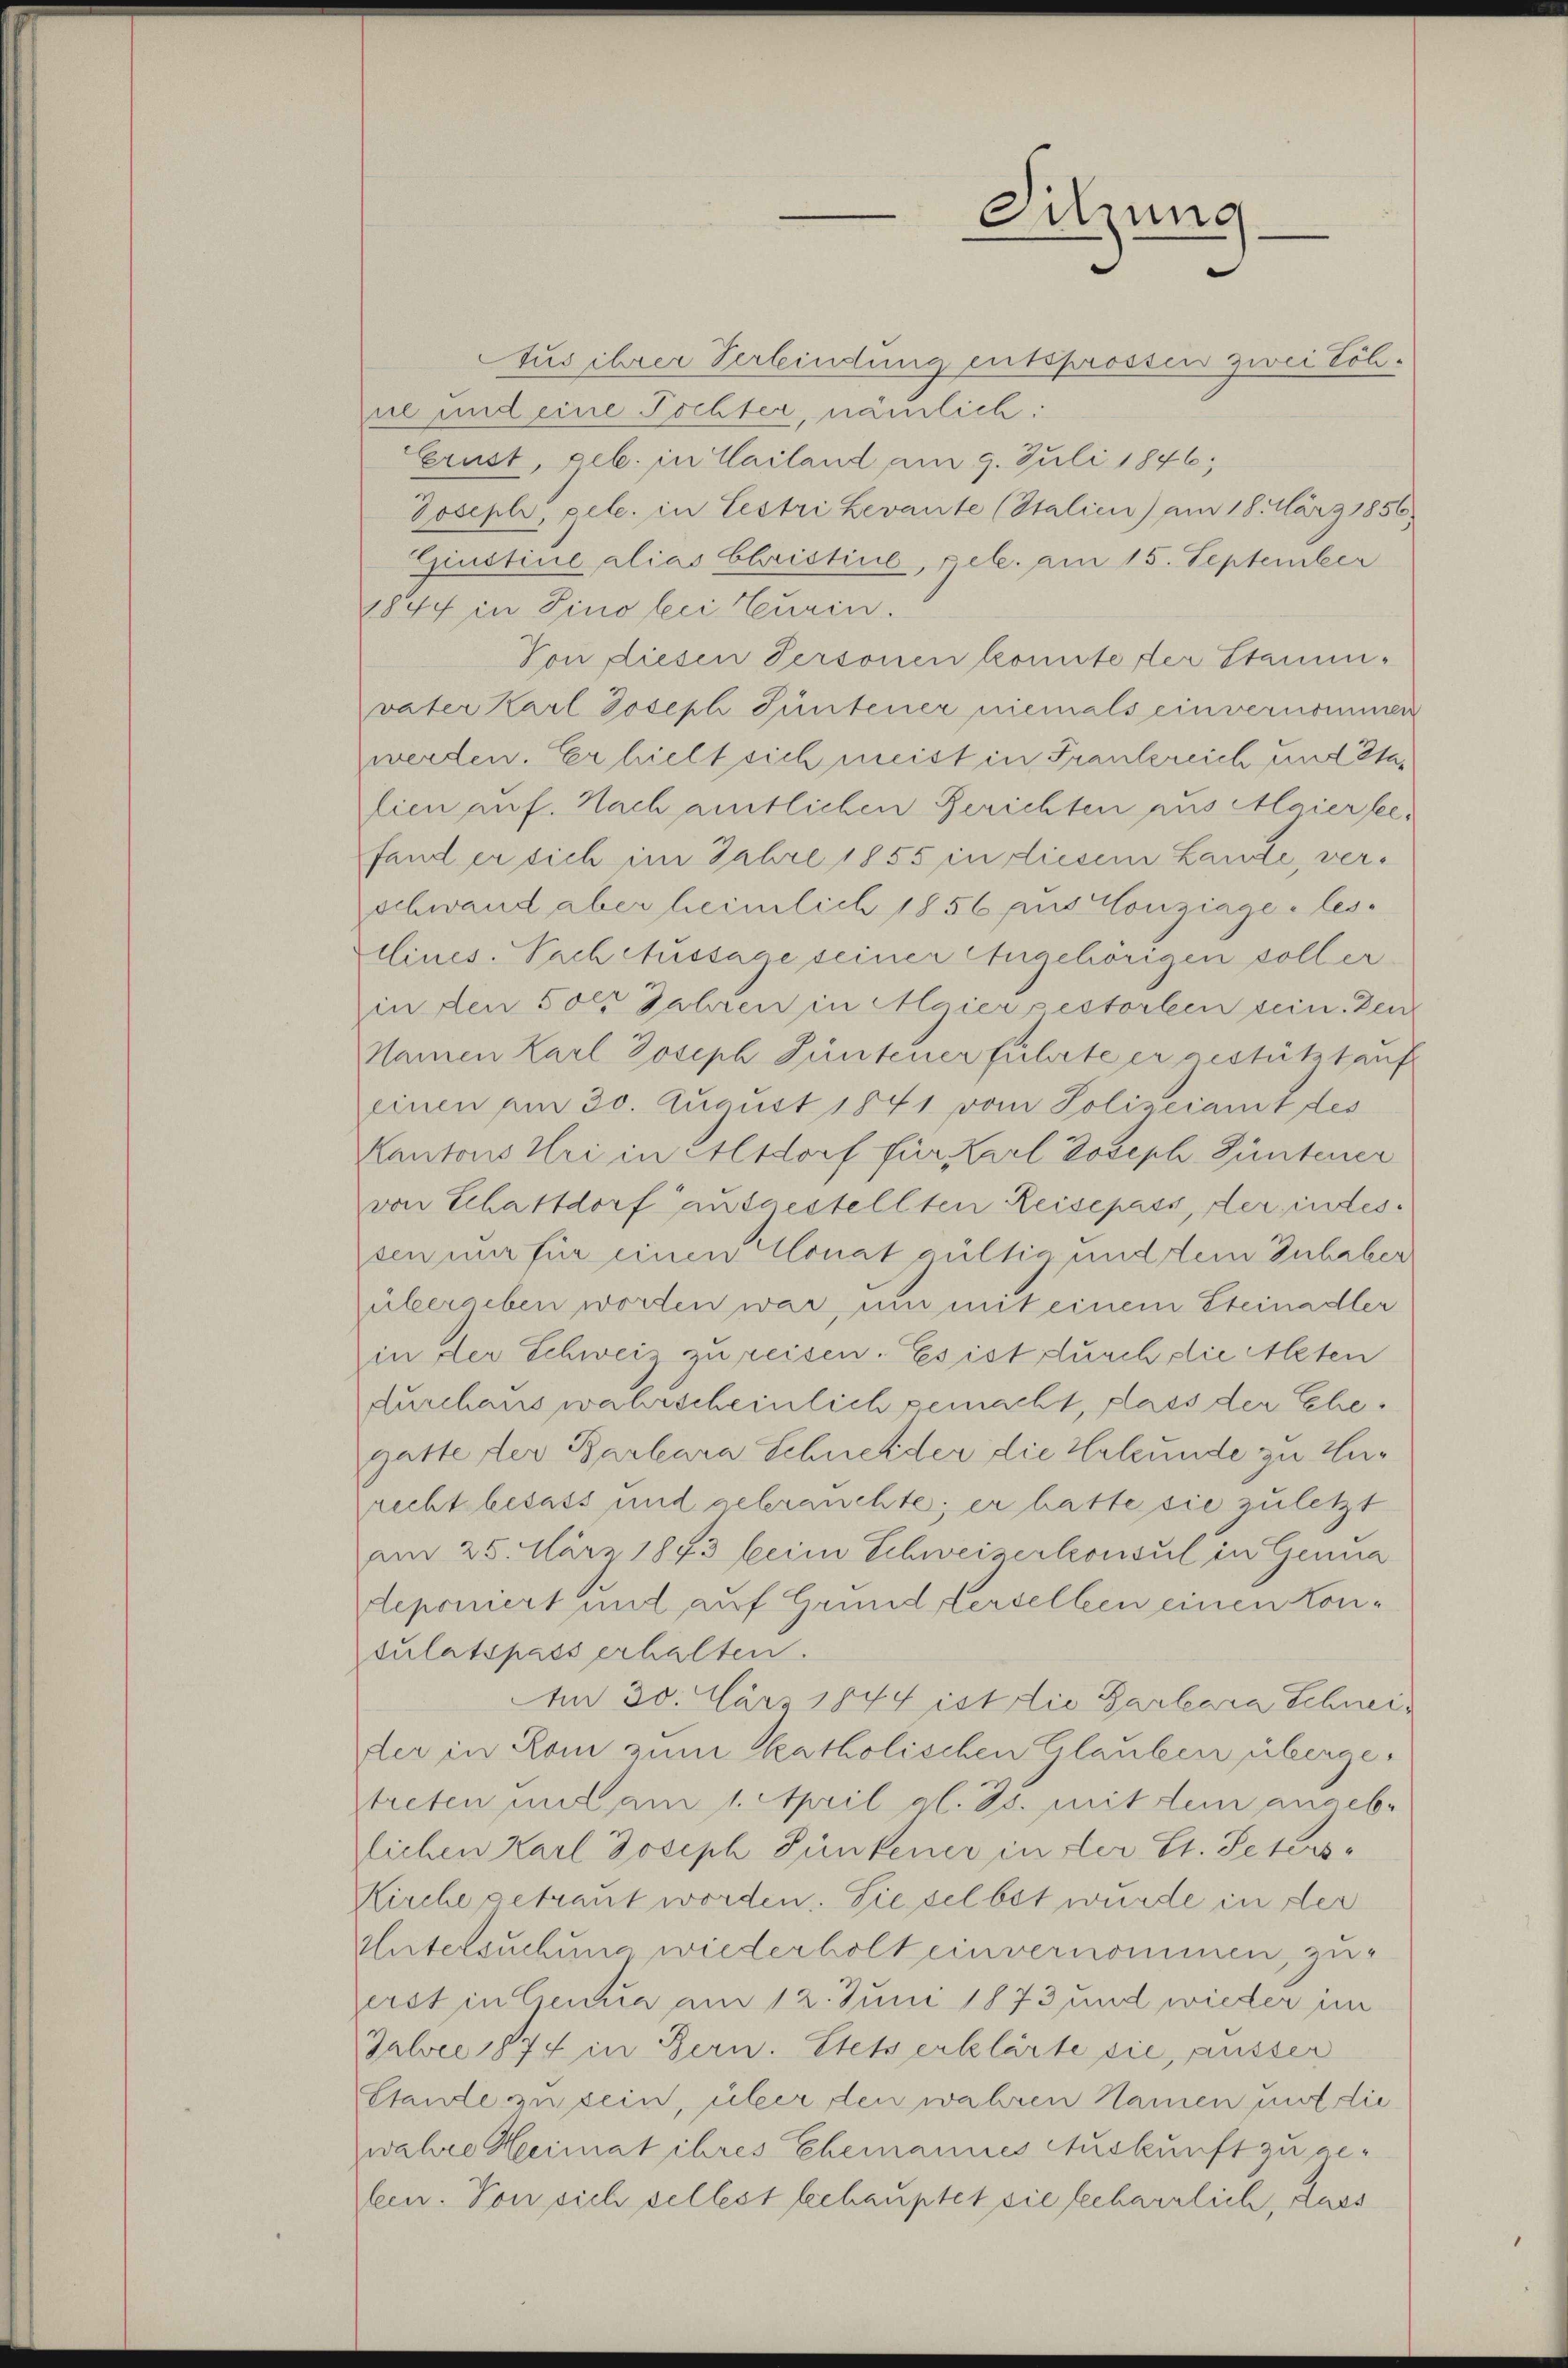
Sitzung

Aus ihrer Verbindung entsprossen zwei Löhne und eine Tochter, nämlich:
Erust, geb. in Mailand am 9. Juli 1846;
Joseph, gele. in Lestri Levante (Stalien) am 18. März 1856
Ginstine alias Christine, geb. am 15. September
1844 in Sino bei Turin.
Von diesen Personen konnte der Stamm-
vater Karl Joseph Güntener niemals einvernommen
werden. Er hielt sich meist in Frankreich und Stalien auf. Nach amtlichen Gerichten aus Maiersee,
fand er sich im Jahre 1855 in diesem Lande, verschwand aber heimlich 1856 puis Conziage les
dines. Nach Aussage seiner Angehörigen soller
in den 50er Jahren in Algier gestorben sein. Zei
Namen Karl Joseph Güntener führte er gestützt auf
einen am 30. August 1841 vom Polizeiamt des
Kantons Uri in Altdorf für Karl Joseph Güntener
von Schattdorf ausgestellten Reisepass, der indessen mir für einen Monat gültig und dem Inhaber
übergeben worden war, um mit einem Steinadler
in der Schweiz zu reisen. Es ist durch die Alten
durchaus wahrscheinlich gemacht, dass der Ehegatte der Barbara Schneider die Hebunde zu Hurecht besass und gebrauchte; er hatte sie zuletzt
am 25. März 1843 beim Schweizerkonsul in Genua
deponiert und auf Grund Verselben einen Konsulatspass erhalten.
Am 30. März 1874 ist die Garbara Schneider in Rom zum katholischen Glauben übergetreten und am 1. April al. Js. mit dem angebr
liehen Karl Joseph Pünkener in der St. Peters-
Kirche getrant worden. Sie selbst wurde in der
Untersuchung wiederholt einvernommen, zuerst in Genua am 12. Juni 1873 und wieder im
Falvee 1874 in Bern. Stets erklärte sie, ausser
Stande zu sein, über den wahren Namen mit die
wahre Heimat ihres Ehemannes Auskunft zu gefein. Von sich sellest beehauptet die fecharrlich, dass